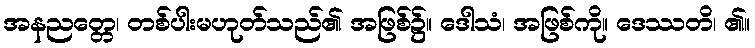
အနညတ္တေ၊ တစ်ပါးမဟုတ်သည်၏ အဖြစ်၌။ ဒေါသံ၊ အဖြစ်ကို။ ဒေဿတိ၊ ၏။